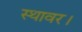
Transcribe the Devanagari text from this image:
स्थावर।